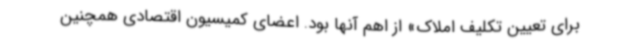
برای تعیین تکلیف املاک» از اهم آنها بود. اعضای کمیسیون اقتصادی همچنین